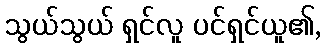
သွယ်သွယ် ရှင်လူ ပင်ရှင်ယူ၏,